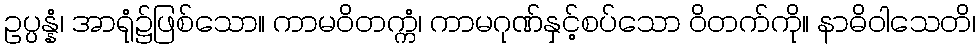
ဥပ္ပန္နံ၊ အာရုံ၌ဖြစ်သော။ ကာမဝိတက္ကံ၊ ကာမဂုဏ်နှင့်စပ်သော ဝိတက်ကို။ နာဓိဝါသေတိ၊